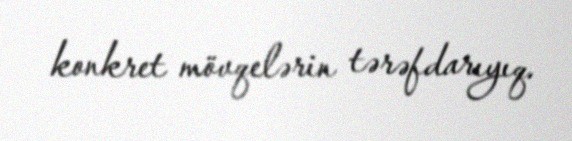
konkret mövqelərin tərəfdarıyıq.